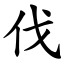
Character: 伐